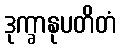
ဒုက္ခာနုပတိတံ